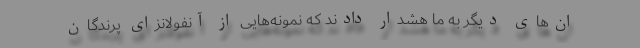
ان‌های دیگر به ما هشدار دادند که نمونه‌هایی از آنفولانزای پرندگان